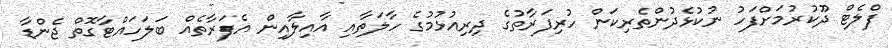
ފްލެޓް ދޫކުރުމަށްފަހު ނުކުޅެދުންތެރިކަން ހުރިފަރާތުގެ ދިރިއުޅުމުގެ ހާލަތާއި އާއިލާއިން އެފަރާތެއް ބަލަހައްޓާގޮތް ޖެންޑާ